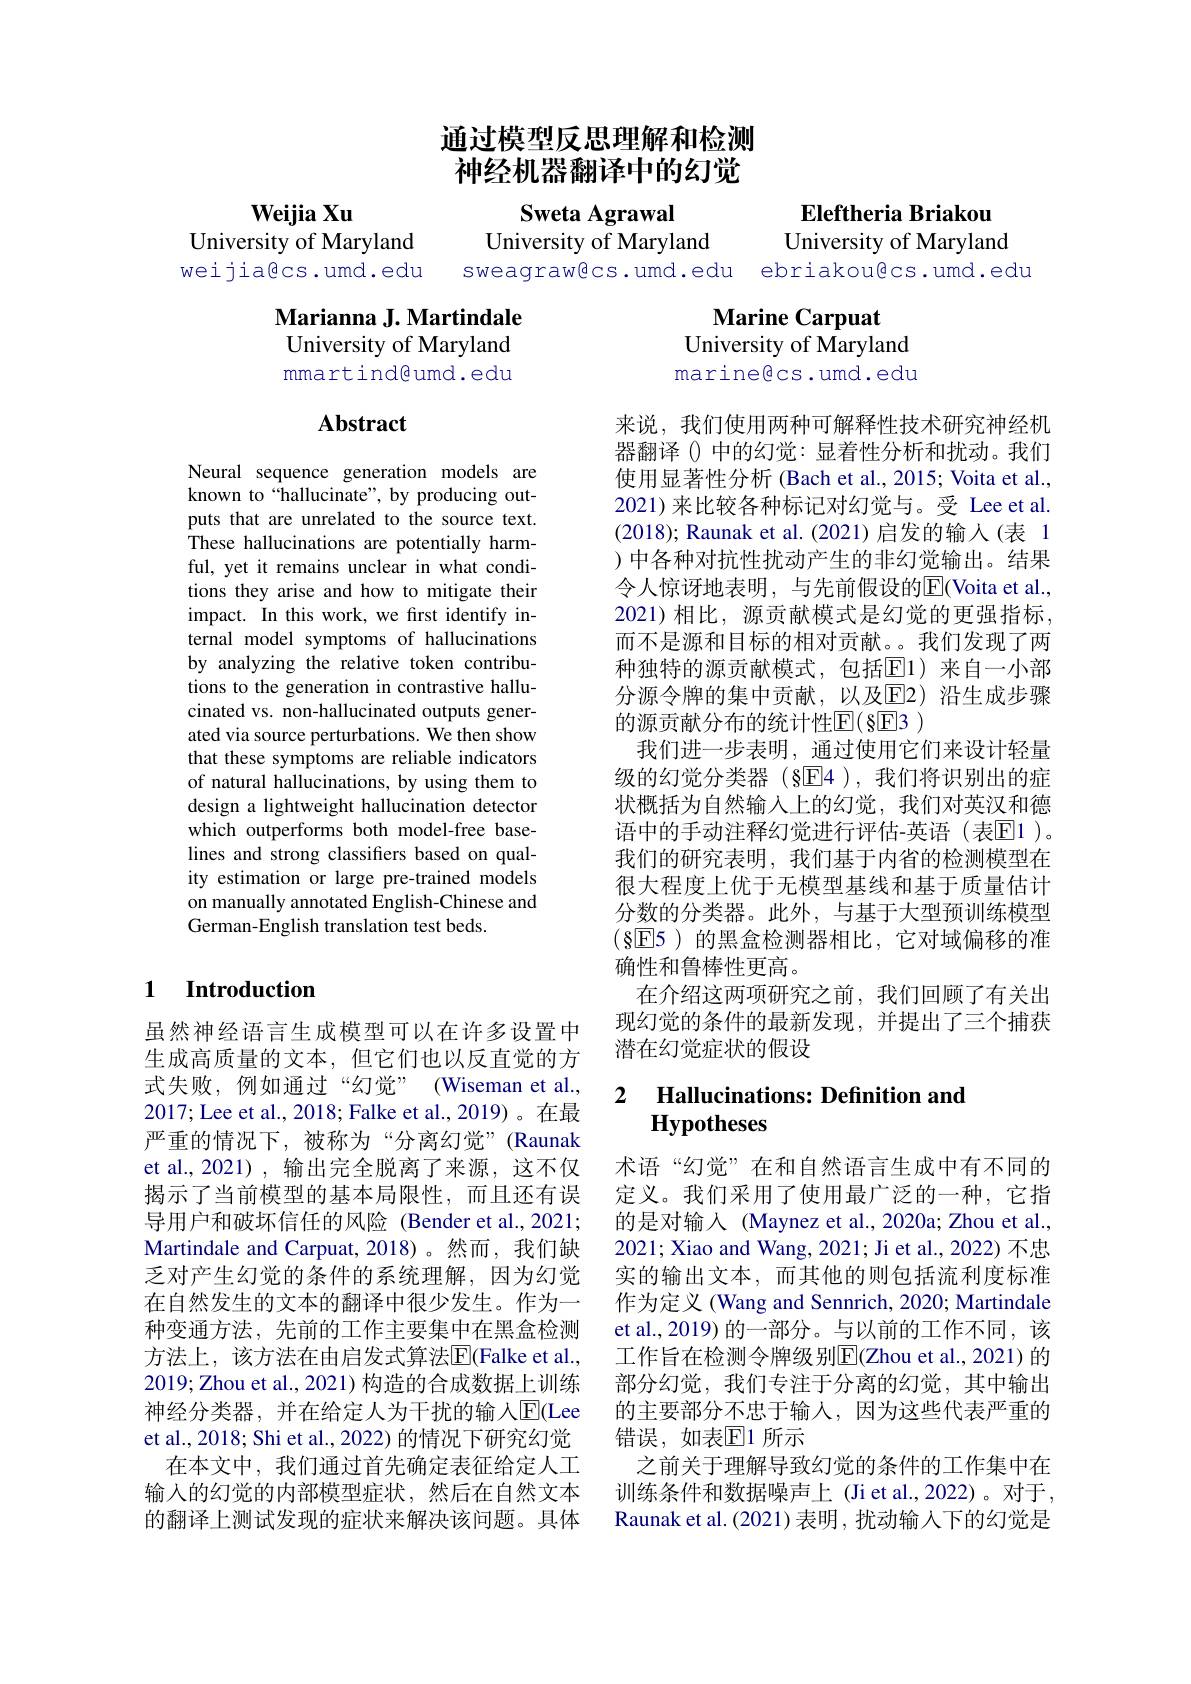
## 通过模型反思理解和检测神经机器翻译中的幻觉

Eleftheria Briakou

Sweta Agrawal
University of Maryland
sweagrawêcs.umd.edu

Weijia Xu
University of Maryland weijiagcs.umd.edu

University of Maryland

ebriakougcs.umd.edu

## Marianna J. Martindale University of Maryland mmartind@umd.edu

Marine Carpuat
University of Maryland marinegcs.umd.edu

## $\mathbf{Abstract}$

Neural sequence generation models are known to“hallucinate”, by producing outputs that are unrelated to the source text. These hallucinations are potentially harmful, yet it remains unclear in what conditions they arise and how to mitigate their impact. In this work, we first identify internal model symptoms of hallucinations by analyzing the relative token contributions to the generation in contrastive hallucinated vs. non-hallucinated outputs generated via source perturbations. We then show that these symptoms are reliable indicators of natural hallucinations, by using them to design a lightweight hallucination detector which outperforms both model-free baselines and strong classifiers based on quality estimation or large pre-trained models on manually annotated English-Chinese and German-English translation test beds.

来说，我们使用两种可解释性技术研究神经机器翻译()中的幻觉：显着性分析和扰动。我们使用显著性分析 (Bach et al., 2015; Voita et al., 2021)来比较各种标记对幻觉与。受 Lee et al. (2018); Raunak et al.(2021)启发的输入(表 1 )中各种对抗性扰动产生的非幻觉输出。结果令人惊讶地表明，与先前假设的|E(Voita et al., 2021)相比，源贡献模式是幻觉的更强指标， 而不是源和目标的相对贡献。。我们发现了两种独特的源贡献模式，包括E1)来自一小部分源令牌的集中贡献，以及E2)沿生成步骤的源贡献分布的统计性$\mathbb{E}(8$E3 )
我们进一步表明，通过使用它们来设计轻量级的幻觉分类器(§E4),我们将识别出的症状概括为自然输入上的幻觉，我们对英汉和德语中的手动注释幻觉进行评估-英语(表E1)。我们的研究表明，我们基于内省的检测模型在很大程度上优于无模型基线和基于质量估计分数的分类器。此外，与基于大型预训练模型(8E5)的黑盒检测器相比，它对域偏移的准确性和鲁棒性更高。
在介绍这两项研究之前，我们回顾了有关出现幻觉的条件的最新发现，并提出了三个捕获潜在幻觉症状的假设

### 1 Introduction

### 2 $\textbf{Hallucinations: Definition and}$ $\textbf{Hypotheses}$

虽然神经语言生成模型可以在许多设置中生成高质量的文本，但它们也以反直觉的方式失败，例如通过“幻觉”(Wiseman et al., 2017; Lee et al., 2018; Falke et al., 2019)。在最严重的情况下，被称为“分离幻觉”(Raunak et al.,2021), 输出完全脱离了来源，这不仅揭示了当前模型的基本局限性，而且还有误导用户和破坏信任的风险 (Bender et al.,2021; Martindale and Carpuat, 2018)。然而，我们缺乏对产生幻觉的条件的系统理解，因为幻觉在自然发生的文本的翻译中很少发生。作为一种变通方法，先前的工作主要集中在黑盒检测方法上，该方法在由启发式算法$\overline{\mathrm{F}}($Falke et al., 2019;Zhou et al., 2021) 构造的合成数据上训练神经分类器，并在给定人为干扰的输入$\overline{\mathrm{E}}($Lee et al., 2018; Shi et al., 2022) 的情况下研究幻觉
在本文中，我们通过首先确定表征给定人工输入的幻觉的内部模型症状，然后在自然文本的翻译上测试发现的症状来解决该问题。具体

术语“幻觉”在和自然语言生成中有不同的定义。我们采用了使用最广泛的一种，它指的是对输入 (Maynez et al., 2020a; Zhou et al., 2021; Xiao and Wang, 2021; Ji et al., 2022) 不忠实的输出文本，而其他的则包括流利度标准作为定义 (Wang and Sennrich, 2020; Martindale et al., 2019) 的一部分。与以前的工作不同，该工作旨在检测令牌级别$\overline{\mathrm{E}}($Zhou et al., 2021)的部分幻觉，我们专注于分离的幻觉，其中输出的主要部分不忠于输人，因为这些代表严重的错误，如表$\mathbb{E}$1 所示
之前关于理解导致幻觉的条件的工作集中在训练条件和数据噪声上 (Ji et al.,2022)。对于， Raunak et al. ( 2021) 表 明 , 扰 动 输 入 下 的 幻 觉 是